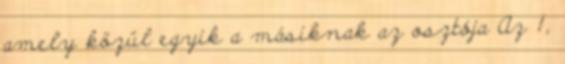
amely közül egyik a másiknak az osztója Az 1,